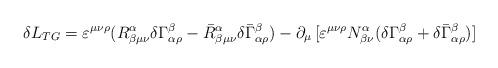
LaTeX: \begin{align*}\delta L_{TG}=\varepsilon^{\mu \nu\rho}(R_{\beta\mu \nu}^{\alpha}\delta \Gamma _{\alpha\rho}^{\beta}-\bar{R}_{\beta\mu\nu}^{\alpha }\delta\bar{\Gamma}_{\alpha \rho }^{\beta})-\partial_{\mu}\,[\varepsilon^{\mu\nu\rho}N_{\beta\nu}^{\alpha}(\delta\Gamma_{\alpha\rho}^{\beta}+\delta\bar{\Gamma}_{\alpha\rho}^{\beta})] \end{align*}